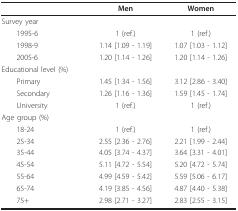
<table><thead><tr><td></td><td><b>Men</b></td><td><b>Women</b></td></tr></thead><tbody><tr><td>Survey year</td><td></td><td></td></tr><tr><td> 1995-6</td><td>1 (ref.)</td><td>1 (ref.)</td></tr><tr><td> 1998-9</td><td>1.14 [1.09 - 1.19]</td><td>1.07 [1.03 - 1.12]</td></tr><tr><td> 2005-6</td><td>1.20 [1.14 - 1.26]</td><td>1.20 [1.14 - 1.26]</td></tr><tr><td>Educational level (%)</td><td></td><td></td></tr><tr><td> Primary</td><td>1.45 [1.34 - 1.56]</td><td>3.12 [2.86 - 3.40]</td></tr><tr><td> Secondary</td><td>1.26 [1.16 - 1.36]</td><td>1.59 [1.45 - 1.74]</td></tr><tr><td> University</td><td>1 (ref.)</td><td>1 (ref.)</td></tr><tr><td>Age group (%)</td><td></td><td></td></tr><tr><td> 18-24</td><td>1 (ref.)</td><td>1 (ref.)</td></tr><tr><td> 25-34</td><td>2.55 [2.36 - 2.76]</td><td>2.21 [1.99 - 2.44]</td></tr><tr><td> 35-44</td><td>4.05 [3.74 - 4.37]</td><td>3.64 [3.31 - 4.01]</td></tr><tr><td> 45-54</td><td>5.11 [4.72 - 5.54]</td><td>5.20 [4.72 - 5.74]</td></tr><tr><td> 55-64</td><td>4.99 [4.59 - 5.42]</td><td>5.59 [5.06 - 6.17]</td></tr><tr><td> 65-74</td><td>4.19 [3.85 - 4.56]</td><td>4.87 [4.40 - 5.38]</td></tr><tr><td> 75+</td><td>2.98 [2.71 - 3.27]</td><td>2.83 [2.55 - 3.15]</td></tr></tbody></table>